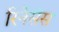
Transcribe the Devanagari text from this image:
रिनेसंस